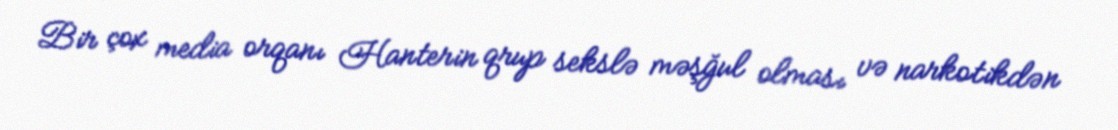
Bir çox media orqanı Hanterin qrup sekslə məşğul olması və narkotikdən